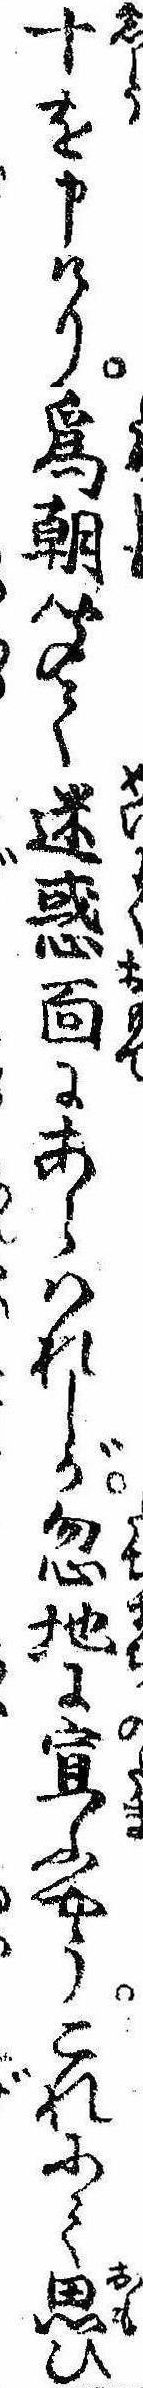
十を申けり為朝聞て迷惑面にあらはれしが忽地に宣ふやうこれにて思ひ